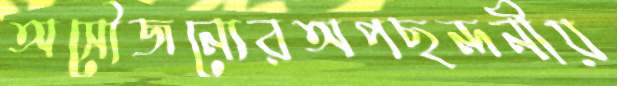
অসৌজন্যেরঅপছন্দনীয়